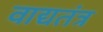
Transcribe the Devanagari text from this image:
वाद्यतंत्र